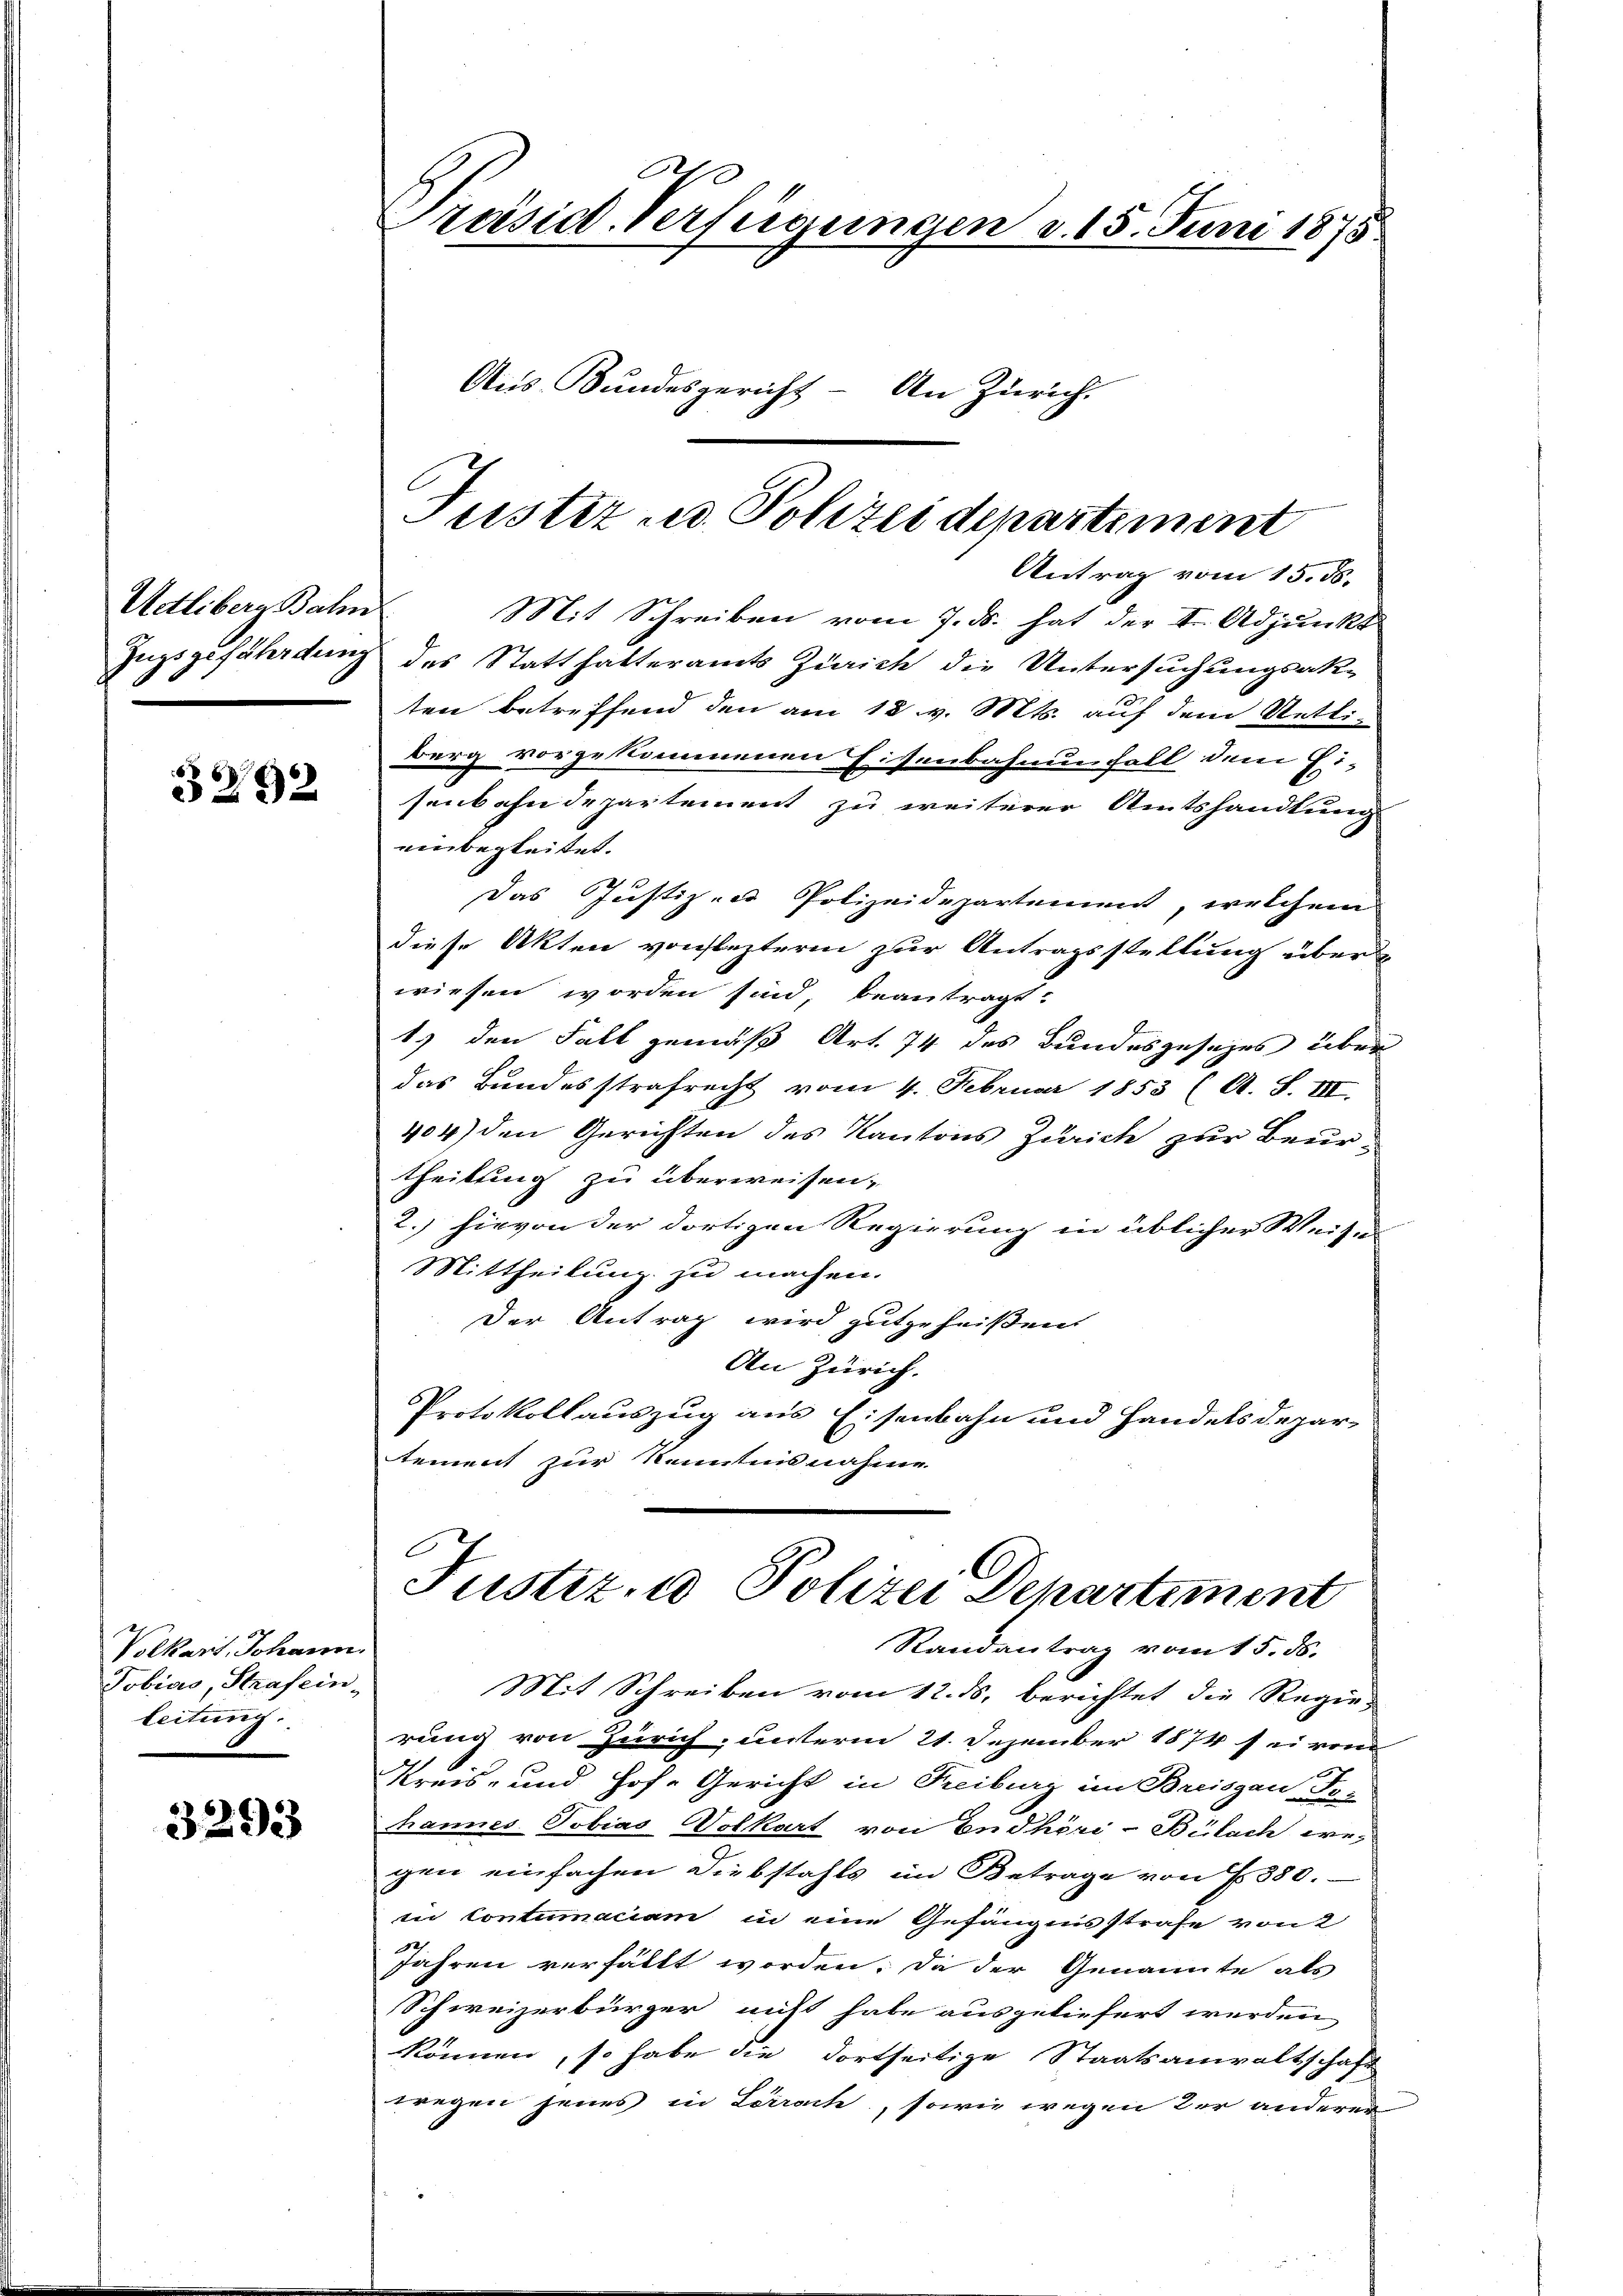
Udliberg Bahn

3292

Volkart, Johann
Tobias, Straf einleitung

3293

.
Präsid. Verfügungen d. 15. Juni 1875.

Justiz u. Polizeidepartiment

Aus Bundesgericht - An Zürich.

Antrag vom 15. ds.
Mit Schreiben vom 7. ds. hat der A. Adjunkt
Zugsgefährdung des Statthalteramts Zürich die Untersuchungsak-
ten betreffend den am 12 v. Mts. auf dem Stetti-
berg vorgekommenen Eisenbahnenfall dem Ei-
senbahndepartement zu weiterer Amtshandlung
einbegleitet.
Das Justiz und Polizeidepartement, welchem
diese Akten vonsezterm zur Antragsstellung über
wiesen worden sind, beantragt:
1.) den Fall gemäß Art. 74 des Bundesgesezes über
das Bundesstrafrecht vom 4. Februar 1853 (A. S. III.
404) den Gerichten des Kantons Zürich zur Beurtheilung zu überweisen.
2. hievon der dortigen Regierung in üblicher Weise
Mittheilung zu machen.
Der Antrag wird gutgeheißen
An Zürich.
Protokollauszug aus Eisenbahn und Handelsdepartement zur Kenntnisnahme

Justiz- u Polizei Departement

Randantrag vom 15. ds.
Mit Schreiben vom 12. ds. berichtet die Regie-
rung von Zürich, unterm 21. Dezember 1874 sei vom
1
Kreis- und Hofe Gericht in Freiburg im Breisgau do-
hannes Tobias Volkart von Endhöri-Bülach we-
gen einfachen Diebstahls im Betrage von § 380.
in Contumaciam in eine Gefängnisstrafe von 2
Jahren verfällt worden. Da der Genannte als
Schweizerbürger nicht habe ausgeliefert werden
können, so habe die dortseitige Staatsanwaltschaft
wegen jenes in Lörrach, sowie wegen der anderer